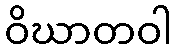
ဝိဃာတဝါ